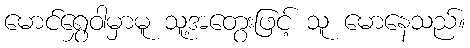
မောင်ရွှေဝါမှာမူ သူ့အတွေးဖြင့် သူ မောနေသည်။